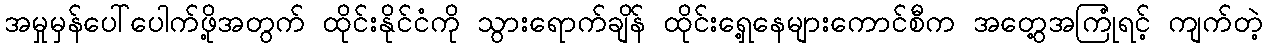
အမှုမှန်ပေါ်ပေါက်ဖို့အတွက် ထိုင်းနိုင်ငံကို သွားရောက်ချိန် ထိုင်းရှေ့နေများကောင်စီက အတွေ့အကြုံရင့် ကျက်တဲ့